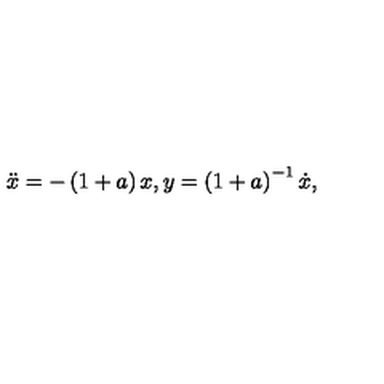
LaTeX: \ddot { x } = - \left( 1 + a \right) x , y = \left( 1 + a \right) ^ { - 1 } \dot { x } ,